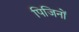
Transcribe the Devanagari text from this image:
पिजिनों